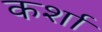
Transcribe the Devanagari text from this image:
कर्शा